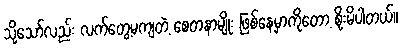
သို့သော်လည်း လက်တွေ့မကျတဲ့ စေတနာမျိုး ဖြစ်နေမှာကိုတော့ စိုးမိပါတယ်။